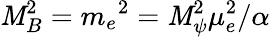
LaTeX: \mathit{M}_{B}^{2}=m_{e}{}^{2}=\mathit{M}_{\psi}^{2}\mu_{e}^{2}/\alpha